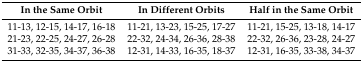
| In the Same Orbit | In Different Orbits | Half in the Same Orbit |
 | --- | --- | --- |
 | 11-13, 12-15, 14-17, 16-18 | 11-21, 13-23, 15-25, 17-27 | 11-21, 15-25, 13-18, 14-17 |
 | 21-23, 22-25, 24-27, 26-28 | 22-32, 24-34, 26-36, 28-38 | 22-32, 26-36, 23-28, 24-27 |
 | 31-33, 32-35, 34-37, 36-38 | 12-31, 14-33, 16-35, 18-37 | 12-31, 16-35, 33-38, 34-37 |